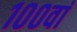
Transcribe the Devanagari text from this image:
१००वां